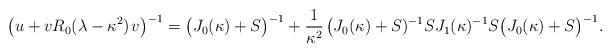
LaTeX: \begin{align*}\big(u+vR_0(\lambda-\kappa^2)\;\!v\big)^{-1}=\big(J_0(\kappa)+S\big)^{-1}+\frac1{\kappa^2}\;\!\big(J_0(\kappa)+S)^{-1}SJ_1(\kappa)^{-1}S\big(J_0(\kappa)+S\big)^{-1}.\end{align*}